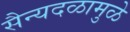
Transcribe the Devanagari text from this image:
सैन्यदळामुळे